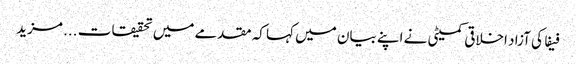
فیفا کی آزاد اخلاقی کمیٹی نے اپنے بیان میں کہا کہ مقدمے میں تحقیقات ... مزید